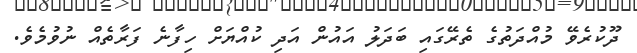
ދޫކުރެވޭ މުއްދަތުގެ ތެރޭގައި ބަދަލު އައުން އަދި ކުއްޔަށް ހިފާނެ ފަރާތެއް ނުވުމެވެ.